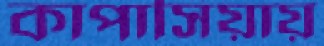
কাপাসিয়ায়